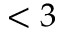
< 3